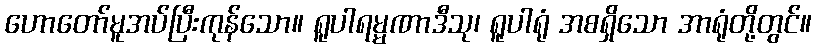
ဟောတော်မူအပ်ပြီးကုန်သော။ ရူပါရမ္မဏာဒီသု၊ ရူပါရုံ အစရှိသော အာရုံတို့တွင်။